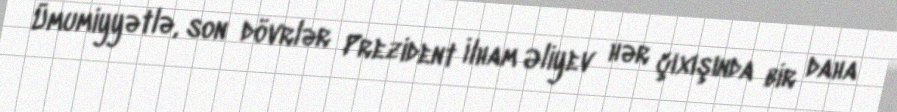
Ümumiyyətlə, son dövrlər Prezident İlham Əliyev hər çıxışında bir daha